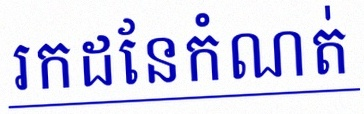
រកដែនកំណត់